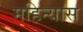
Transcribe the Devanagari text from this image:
महिन्यास